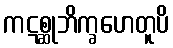
ကဋစ္ဆုဘိက္ခဟေတူပိ